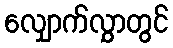
လျှောက်လွှာတွင်